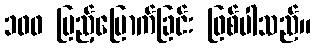
၁၀၀ ပြည့်မြောက်ခြင်း ဖြစ်ပါသည်။